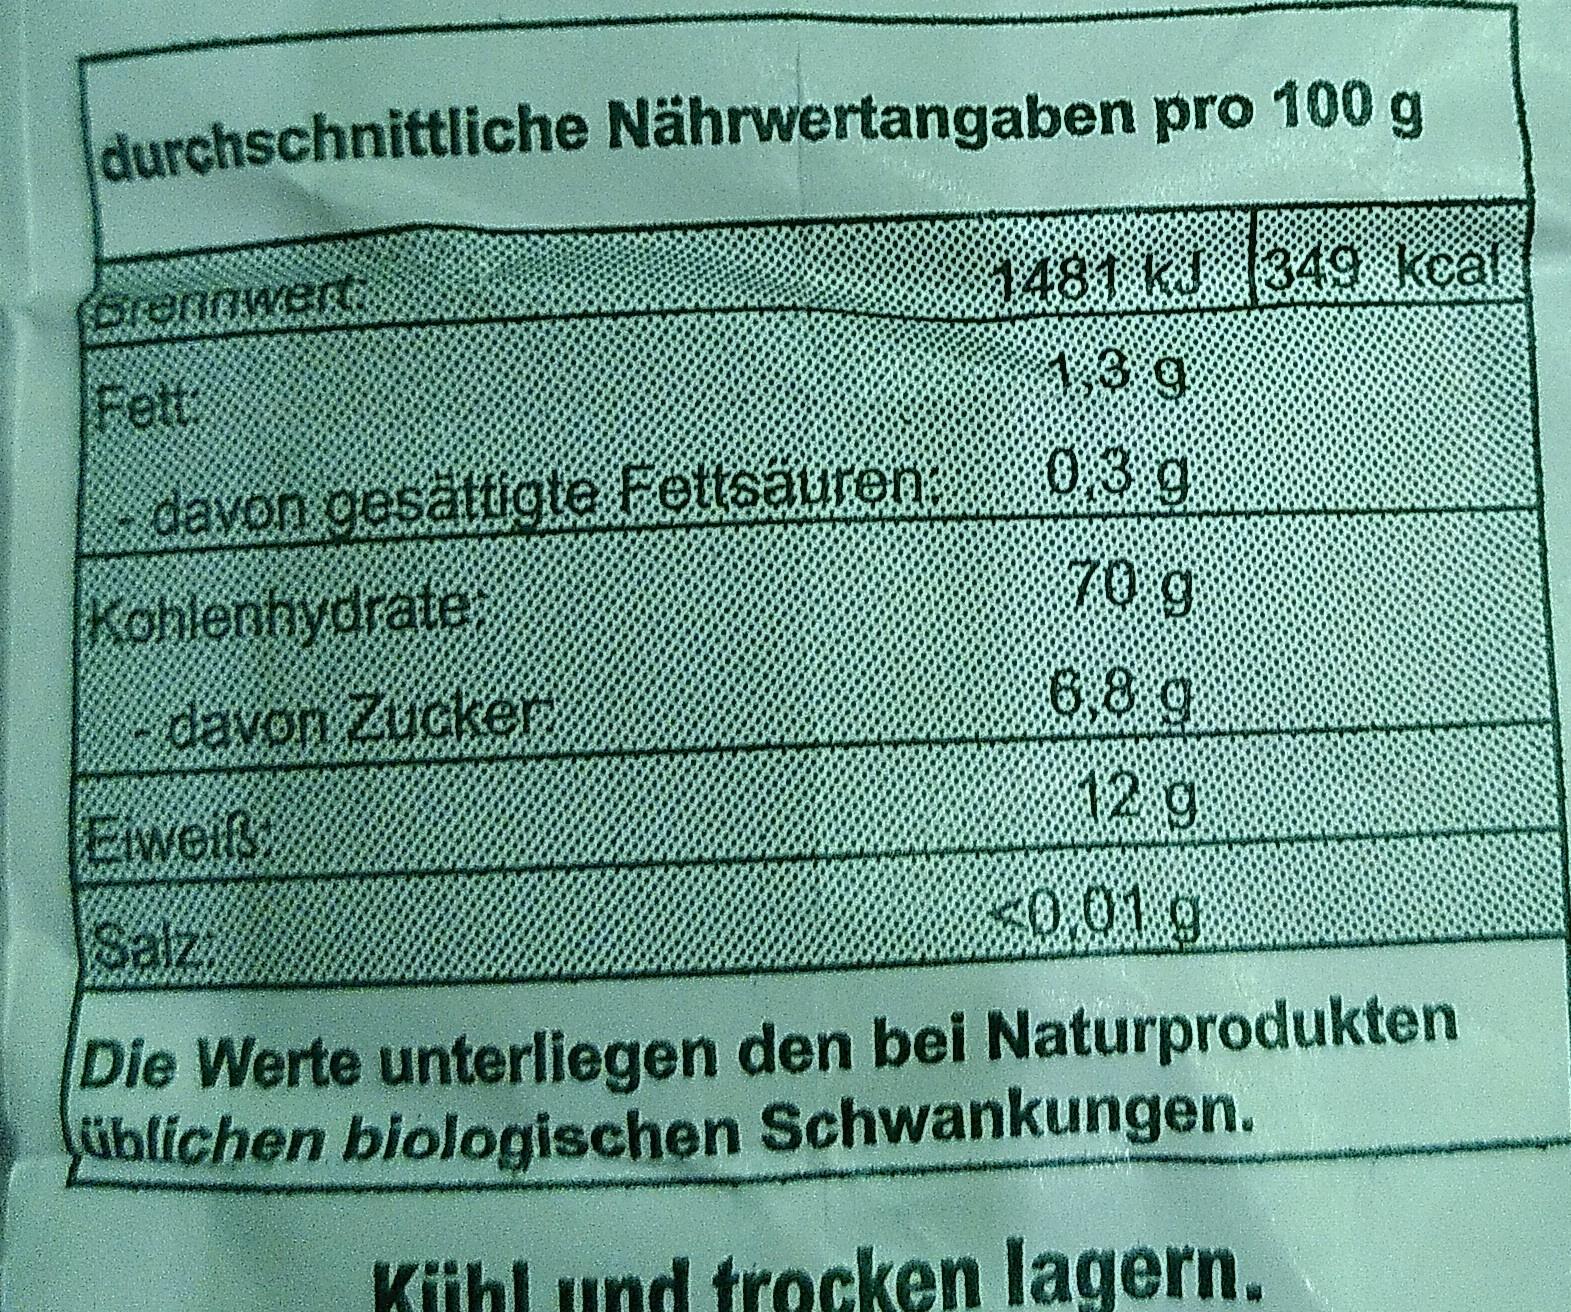
durchschnittliche Nährwertangaben pro 100 g
1481 kJ 349 kcal
BrennweR
1,39
Fett
0,3 g
davon gesättigta Fettaäuren. Kohlenhydrate
70g
6,8 g
davon Zucker
12 g
Eweiß
0,01g
Balzi
Die Werte unterliegen den bei Naturprodukten üblichen biologischen Schwankungen.
Kühl und trocken lagern.